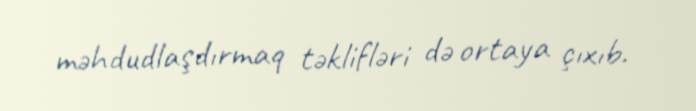
məhdudlaşdırmaq təklifləri də ortaya çıxıb.